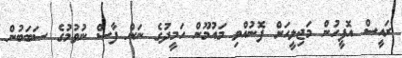
ރައީސް އޮފީހުން މަޖިލީހަށް ފޮނުއްވި މައުމޫން ހަމީދުގެ ނަން ފާސް ނުވުމުގެ ސަބަބުން